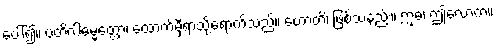
ပေါ်၍။ ပတိဂါဓမ္မတ္တော၊ ထောက်မှီရာသို့ရောက်သည်။ ဟောတိ၊ ဖြစ်သနည်း။ ဣဓ၊ ဤလောက။